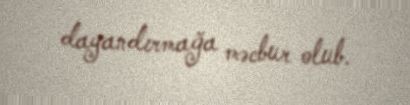
dayandırmağa məcbur olub.